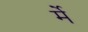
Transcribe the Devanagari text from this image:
र्मे